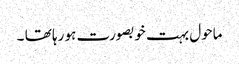
ماحول بہت خوبصورت ہو رہا تھا ۔